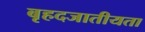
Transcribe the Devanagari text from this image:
बृहदजातीयता